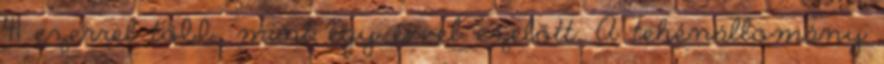
41 ezerrel több, mint egy évvel ezelőtt. A tehénállomány